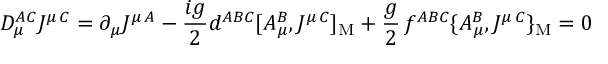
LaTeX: D _ { \mu } ^ { A C } J ^ { \mu \, C } = \partial _ { \mu } J ^ { \mu \, A } - { \frac { i g } { 2 } } d ^ { A B C } [ A _ { \mu } ^ { B } , J ^ { \mu \, C } ] _ { \mathrm { M } } + { \frac { g } { 2 } } \, f ^ { A B C } \{ A _ { \mu } ^ { B } , J ^ { \mu \, C } \} _ { \mathrm { M } } = 0